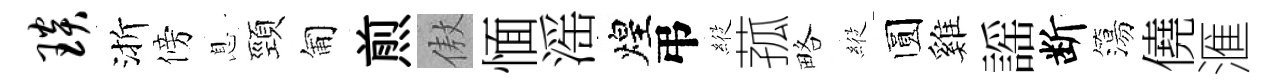
琰渐傍息頸匍煎傲愐滛煌弔𦂵菰略𦂵圆雞謡断簜僥滙